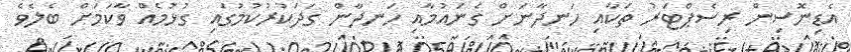
އެޑިނޮސިން ރިސެޕްޓަރު ތަކާއި ހަނދާނަށް ގެނައުމާއި ހަނދާން ގަދަކުރުކުމުގައި ގުޅުމެއް ވާކަމަށް ބެލެވެ